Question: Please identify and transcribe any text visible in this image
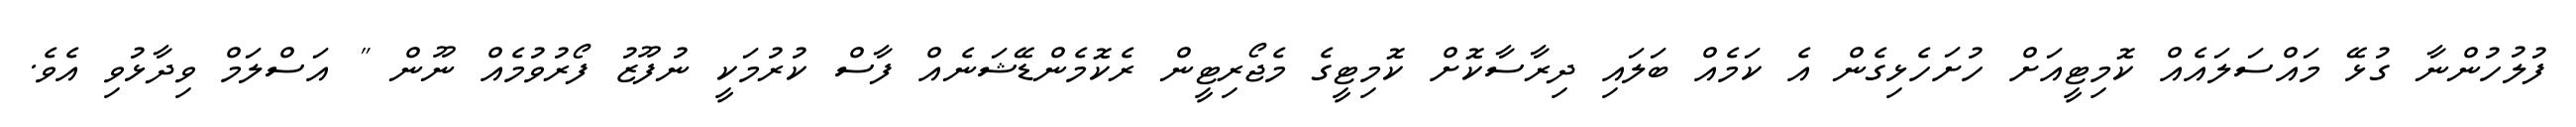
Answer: ފުލުހުންނާ ގުޅޭ މައްސަލައެއް ކޮމިޓީއަށް ހުށަހެޅިގެން އެ ކަމެއް ބަލައި ދިރާސާކޮށް ކޮމިޓީގެ މެޖޯރިޓީން ރެކޮމެންޑޭޝަނެއް ފާސް ކުރުމަކީ ނުފޫޒު ފޯރުވުމެއް ނޫން " އަސްލަމް ވިދާޅުވި އެވެ.